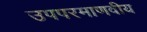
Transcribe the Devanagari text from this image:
उपपरमाणवीय